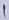
Text: 1